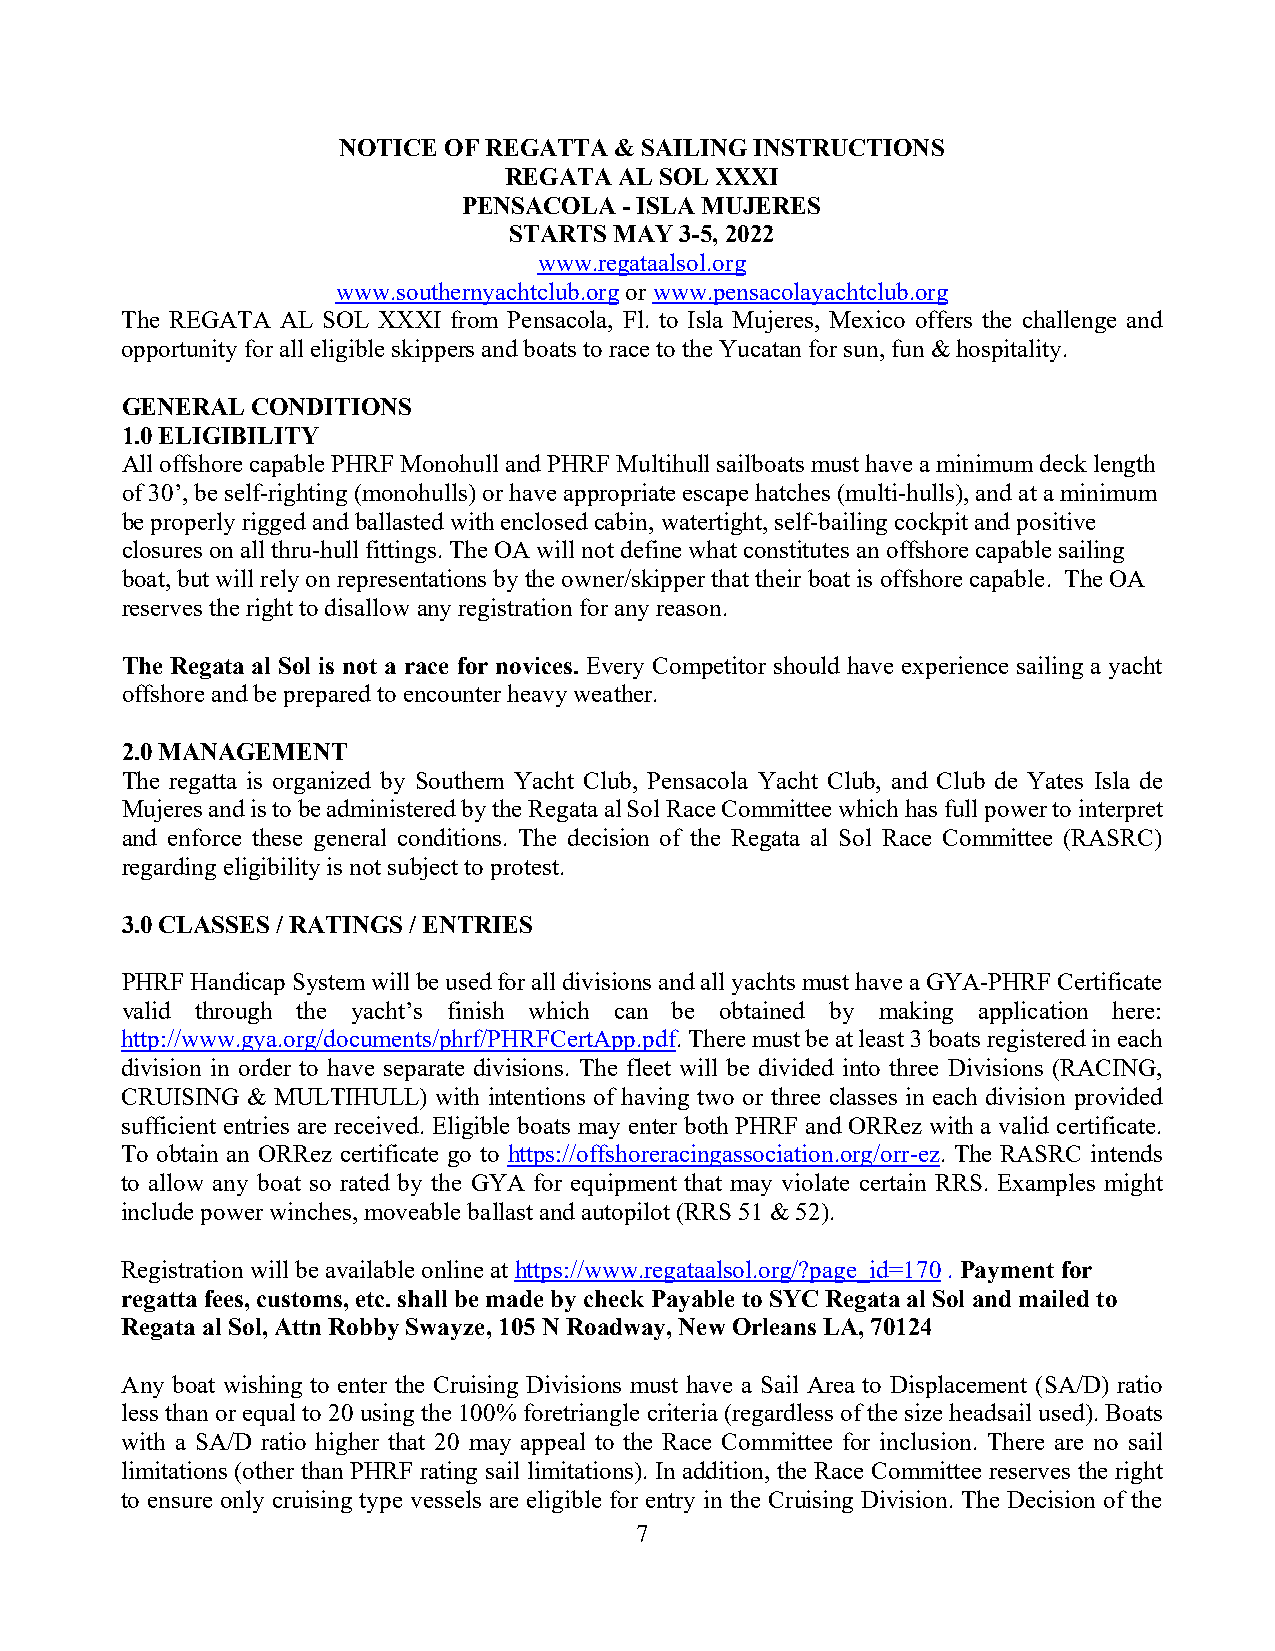
NOTICE OF REGATTA  & SAILING INSTRUCTIONS
 REGATA  AL SOL XXXI
 PENSACOLA - ISLA MUJERES
 STARTS MAY 3-5, 2022
 www.regataalsol.org
 www.southernyachtclub.org or www.pensacolayachtclub.org
 The REGATA AL SOL XXXI from Pensacola, Fl. to Isla Mujeres, Mexico offers the challenge and
 opportunity for all eligible skippers and boats to race to the Yucatan for sun, fun & hospitality.
 GENERAL  CONDITIONS
 1.0 ELIGIBILITY
 All offshore capable PHRF Monohull and PHRF Multihull sailboats must have a minimum deck length
 of 30’, be self-righting (monohulls) or have appropriate escape hatches (multi-hulls), and at a minimum
 be properly rigged and ballasted with enclosed cabin, watertight, self-bailing cockpit and positive
 closures on all thru-hull fittings. The OA will not define what constitutes an offshore capable sailing
 boat, but will rely on representations by the owner/skipper that their boat is offshore capable. The OA
 reserves the right to disallow any registration for any reason.
 The Regata al Sol is not a race for novices. Every Competitor should have experience sailing a yacht
 offshore and be prepared to encounter heavy weather.
 2.0 MANAGEMENT
 The regatta is organized by Southern Yacht Club, Pensacola Yacht Club, and Club de Yates Isla de
 Mujeres and is to be administered by the Regata al Sol Race Committee which has full power to interpret
 and enforce these general conditions. The decision of the Regata al Sol Race Committee (RASRC)
 regarding eligibility is not subject to protest.
 3.0 CLASSES / RATINGS / ENTRIES
 PHRF Handicap System will be used for all divisions and all yachts must have a GYA-PHRF Certificate
 valid through the yacht’s finish which can be obtained by making application here:
 http://www.gya.org/documents/phrf/PHRFCertApp.pdf. There must be at least 3 boats registered in each
 division in order to have separate divisions. The fleet will be divided into three Divisions (RACING,
 CRUISING & MULTIHULL) with intentions of having two or three classes in each division provided
 sufficient entries are received. Eligible boats may enter both PHRF and ORRez with a valid certificate.
 To obtain an ORRez certificate go to https://offshoreracingassociation.org/orr-ez. The RASRC intends
 to allow any boat so rated by the GYA for equipment that may violate certain RRS. Examples might
 include power winches, moveable ballast and autopilot (RRS 51 & 52).
 Registration will be available online at https://www.regataalsol.org/?page_id=170 . Payment for
 regatta fees, customs, etc. shall be made by check Payable to SYC Regata al Sol and mailed to
 Regata al Sol, Attn Robby Swayze, 105 N Roadway, New Orleans LA, 70124
 Any boat wishing to enter the Cruising Divisions must have a Sail Area to Displacement (SA/D) ratio
 less than or equal to 20 using the 100% foretriangle criteria (regardless of the size headsail used). Boats
 with a SA/D ratio higher that 20 may appeal to the Race Committee for inclusion. There are no sail
 limitations (other than PHRF rating sail limitations). In addition, the Race Committee reserves the right
 to ensure only cruising type vessels are eligible for entry in the Cruising Division. The Decision of the
 7